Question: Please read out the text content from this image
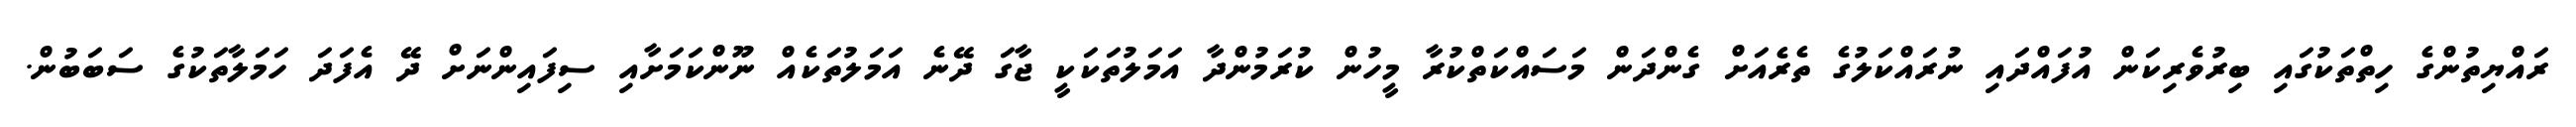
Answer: ރައްޔިތުންގެ ހިތްތަކުގައި ބިރުވެރިކަން އުފައްދައި ނުރައްކަލުގެ ތެރެއަށް ގެންދަން މަސައްކަތްކުރާ މީހުން ކުރަމުންދާ އަމަލުތަކަކީ ޖާގަ ދޭނެ އަމަލުތަކެއް ނޫންކަމަށާއި ސިފައިންނަށް ދޭ އެފަދަ ހަމަލާތަކުގެ ސަބަބުން.